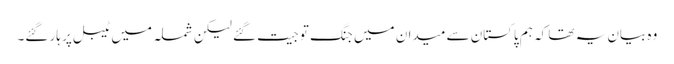
وہ بیان یہ تھا کہ ہم پاکستان سے میدان میں جنگ تو جیت گئے لیکن شملہ میں ٹیبل پر ہار گئے۔